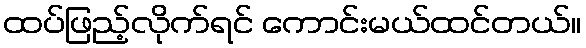
ထပ်ဖြည့်လိုက်ရင် ကောင်းမယ်ထင်တယ်။